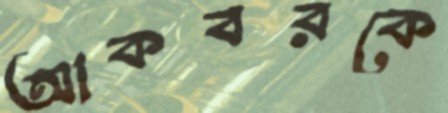
আকবরকে